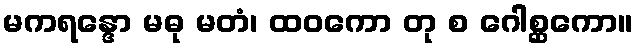
မကရန္ဒော မဓု မတံ၊ ထဝကော တု စ ဂေါစ္ဆကော။